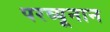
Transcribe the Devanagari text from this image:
परव्यूनान